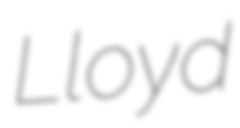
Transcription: Lloyd